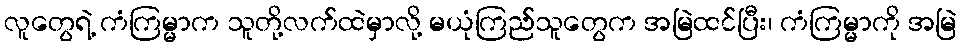
လူတွေရဲ့ ကံကြမ္မာက သူတို့လက်ထဲမှာလို့ မယုံကြည်သူတွေက အမြဲထင်ပြီး၊ ကံကြမ္မာကို အမြဲ